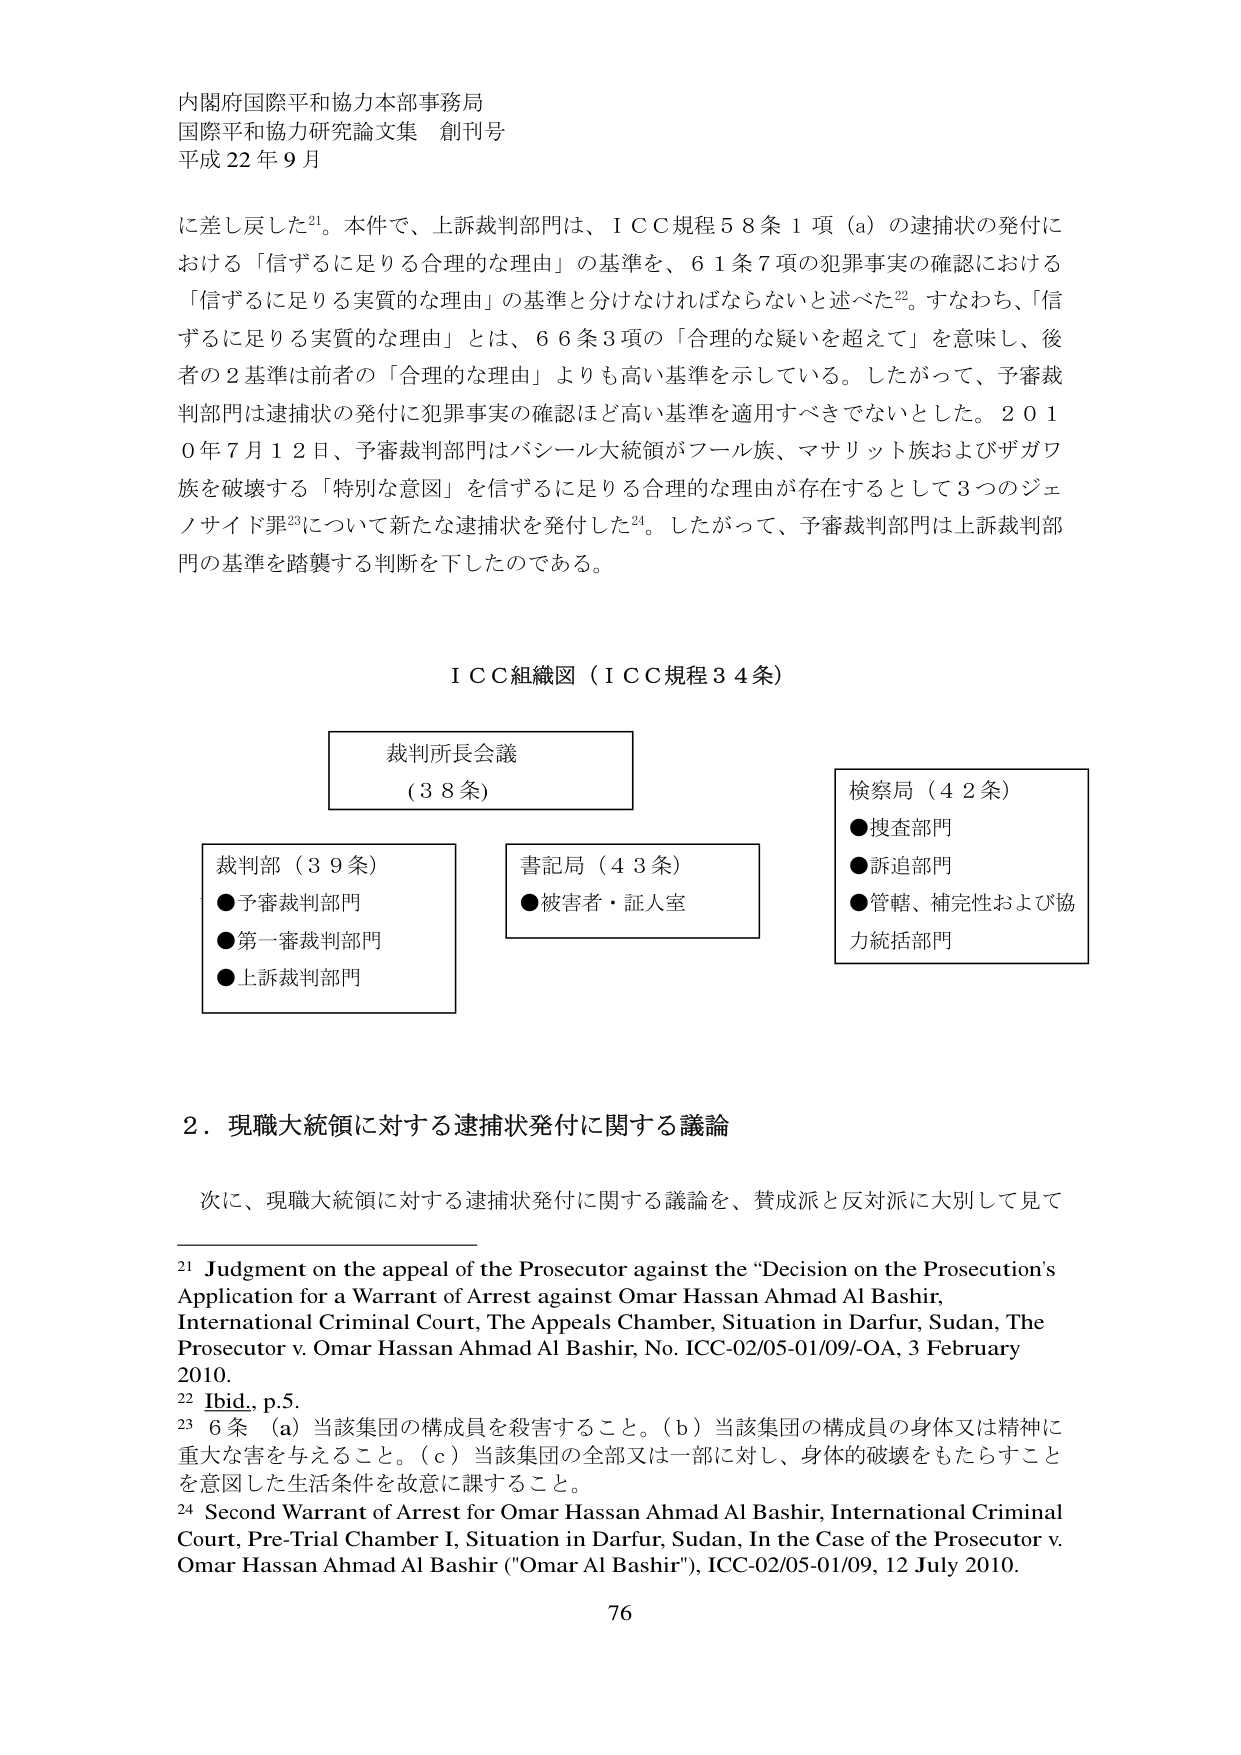
内閣府国際平和協力本部事務局
国際平和協力研究論文集 創刊号
平成22年9月

に差し戻した²¹。本件で、上訴裁判部門は、ＩＣＣ規程58条1項（a）の逮捕状の発付における「信ずるに足りる合理的な理由」の基準を、61条7項の犯罪事実の確認における「信ずるに足りる実質的な理由」の基準と分けなければならないと述べた²²。すなわち、「信ずるに足りる実質的な理由」とは、66条3項の「合理的な疑いを超えて」を意味し、後者の2基準は前者の「合理的な理由」よりも高い基準を示している。したがって、予審裁判部門は逮捕状の発付に犯罪事実の確認ほど高い基準を適用すべきでないとした。2010年7月12日、予審裁判部門はバシール大統領がフール族、マサリット族およびザガワ族を破壊する「特別な意図」を信ずるに足りる合理的な理由が存在するとして3つのジェノサイド罪²³について新たな逮捕状を発付した²⁴。したがって、予審裁判部門は上訴裁判部門の基準を踏襲する判断を下したのである。

ＩＣＣ組織図（ＩＣＣ規程34条）

裁判所長会議
（38条）

裁判部（39条）
●予審裁判部門
●第一審裁判部門
●上訴裁判部門

書記局（43条）
●被害者・証人室

検察局（42条）
●捜査部門
●訴追部門
●管轄、補完性および協力統括部門

2．現職大統領に対する逮捕状発付に関する議論

次に、現職大統領に対する逮捕状発付に関する議論を、賛成派と反対派に大別して見て

²¹ Judgment on the appeal of the Prosecutor against the “Decision on the Prosecution’s Application for a Warrant of Arrest against Omar Hassan Ahmad Al Bashir, International Criminal Court, The Appeals Chamber, Situation in Darfur, Sudan, The Prosecutor v. Omar Hassan Ahmad Al Bashir, No. ICC-02/05-01/09/-OA, 3 February 2010.
²² Ibid., p.5.
²³ 6条 （a）当該集団の構成員を殺害すること。（b）当該集団の構成員の身体又は精神に重大な害を与えること。（c）当該集団の全部又は一部に対し、身体的破壊をもたらすことを意図した生活条件を故意に課すること。
²⁴ Second Warrant of Arrest for Omar Hassan Ahmad Al Bashir, International Criminal Court, Pre-Trial Chamber I, Situation in Darfur, Sudan, In the Case of the Prosecutor v. Omar Hassan Ahmad Al Bashir ("Omar Al Bashir"), ICC-02/05-01/09, 12 July 2010.

76